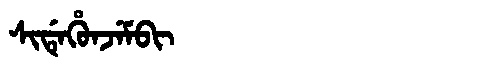
Manchu: ᠰᡳᡩᡝᡥᡠᠨᠵᡝᠮᠪᡳ
Romanization: SIDEHUNJEMBI